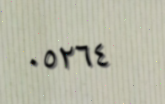
٠٥٢٦٤